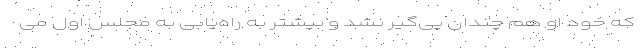
که خود او هم چندان پی‌گیر نشد و بیشتر به راه‌یابی به مجلس اول می‌